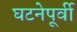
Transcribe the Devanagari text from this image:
घटनेपूर्वी